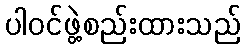
ပါဝင်ဖွဲ့စည်းထားသည်